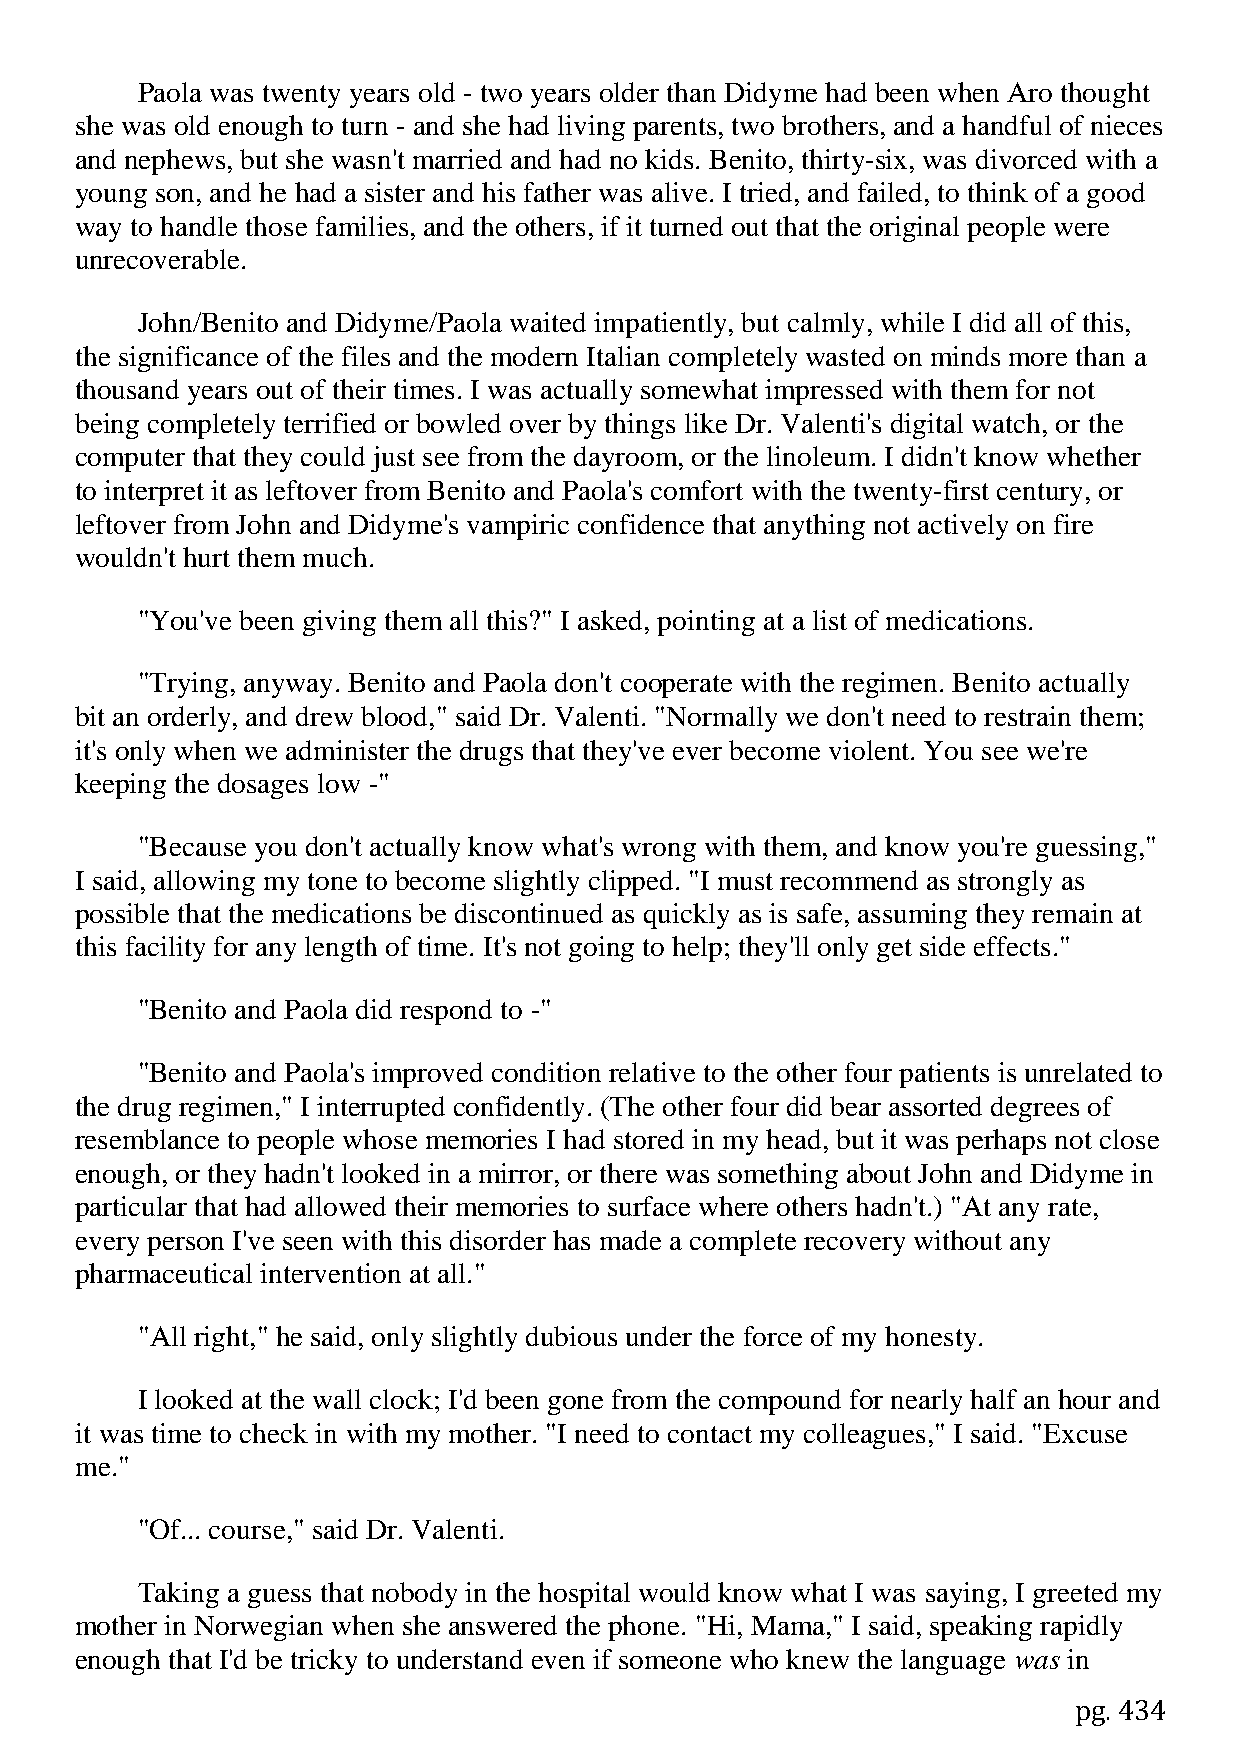
Paola was twenty years old - two years older than Didyme had been when Aro thought
 she was old enough to turn - and she had living parents, two brothers, and a handful of nieces
 and nephews, but she wasn't married and had no kids. Benito, thirty-six, was divorced with a
 young son, and he had a sister and his father was alive. I tried, and failed, to think of a good
 way to handle those families, and the others, if it turned out that the original people were
 unrecoverable.
 John/Benito and Didyme/Paola waited impatiently, but calmly, while I did all of this,
 the significance of the files and the modern Italian completely wasted on minds more than a
 thousand years out of their times. I was actually somewhat impressed with them for not
 being completely terrified or bowled over by things like Dr. Valenti's digital watch, or the
 computer that they could just see from the dayroom, or the linoleum. I didn't know whether
 to interpret it as leftover from Benito and Paola's comfort with the twenty-first century, or
 leftover from John and Didyme's vampiric confidence that anything not actively on fire
 wouldn't hurt them much.
 "You've been giving them all this?" I asked, pointing at a list of medications.
 "Trying, anyway. Benito and Paola don't cooperate with the regimen. Benito actually
 bit an orderly, and drew blood," said Dr. Valenti. "Normally we don't need to restrain them;
 it's only when we administer the drugs that they've ever become violent. You see we're
 keeping the dosages low -"
 "Because you don't actually know what's wrong with them, and know you're guessing,"
 I said, allowing my tone to become slightly clipped. "I must recommend as strongly as
 possible that the medications be discontinued as quickly as is safe, assuming they remain at
 this facility for any length of time. It's not going to help; they'll only get side effects."
 "Benito and Paola did respond to -"
 "Benito and Paola's improved condition relative to the other four patients is unrelated to
 the drug regimen," I interrupted confidently. (The other four did bear assorted degrees of
 resemblance to people whose memories I had stored in my head, but it was perhaps not close
 enough, or they hadn't looked in a mirror, or there was something about John and Didyme in
 particular that had allowed their memories to surface where others hadn't.) "At any rate,
 every person I've seen with this disorder has made a complete recovery without any
 pharmaceutical intervention at all."
 "All right," he said, only slightly dubious under the force of my honesty.
 I looked at the wall clock; I'd been gone from the compound for nearly half an hour and
 it was time to check in with my mother. "I need to contact my colleagues," I said. "Excuse
 me."
 "Of... course," said Dr. Valenti.
 Taking a guess that nobody in the hospital would know what I was saying, I greeted my
 mother in Norwegian when she answered the phone. "Hi, Mama," I said, speaking rapidly
 enough that I'd be tricky to understand even if someone who knew the language was in
 pg. 434